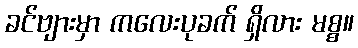
ခင်ဗျားမှာ ကလေးပုခက် ရှိလား မစ္စ။